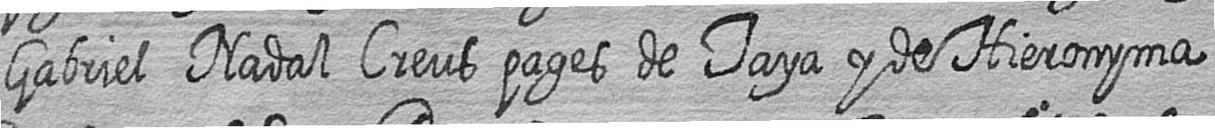
Gabriel Nadal Creus pages de Taya y de Hieronyma